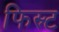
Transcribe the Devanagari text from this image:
फिस्र्ट